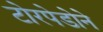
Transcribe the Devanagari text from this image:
टोरपेडोने